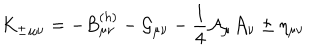
{ K _ { \pm } } _ { \mu \nu } = - B _ { \mu \nu } ^ { ( h ) } - { \cal G } _ { \mu \nu } - { \frac { 1 } { 4 } } { \cal A } _ { \mu } { \cal A } _ { \nu } \pm \eta _ { \mu \nu }